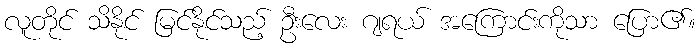
လူတိုင် သိနိုင် မြင်နိုင်သည့် ဦးလေး ဂျရယ် အကြောင်းကိုသာ ပြော၏။